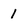
Character: 1